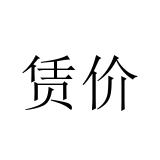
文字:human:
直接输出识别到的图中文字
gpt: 赁价